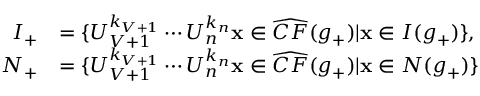
\begin{array} { r l } { I _ { + } } & { = \{ U _ { V + 1 } ^ { k _ { V + 1 } } \cdots U _ { n } ^ { k _ { n } } \mathbf { x } \in \widehat { C F } ( g _ { + } ) | \mathbf { x } \in I ( g _ { + } ) \} , } \\ { N _ { + } } & { = \{ U _ { V + 1 } ^ { k _ { V + 1 } } \cdots U _ { n } ^ { k _ { n } } \mathbf { x } \in \widehat { C F } ( g _ { + } ) | \mathbf { x } \in N ( g _ { + } ) \} } \end{array}